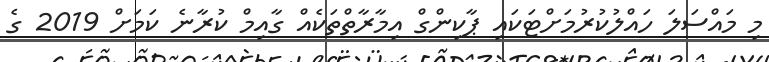
މި މައްސަލަ ހައްލުކުރުމަށްޓަކައި ޕާކިންގް އިމާރާތްތަކެއް ގާއިމް ކުރާނެ ކަމަށް 2019 ގެ